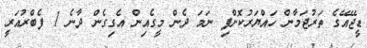
ޑީޖޭއޭގެ ތަރުޖަމާން ހައްޔަރުކޮށްފި ނަމަ ދެން މީގެއިން އެގިގެން ދާނެ 1 ފެބްރުއަރީ